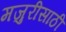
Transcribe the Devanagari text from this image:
मजुरीसाठी